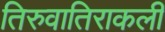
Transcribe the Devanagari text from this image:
तिरुवातिराकली